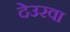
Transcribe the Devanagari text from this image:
देउरवा